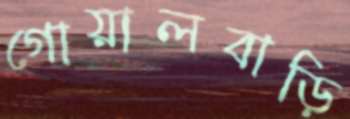
গোয়ালবাড়ি